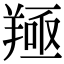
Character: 𦎢